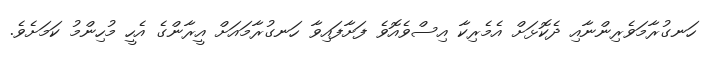
ހަނގުރާމަވެރިންނާއި ދެކޮޅަށް އެމެރިކާ އިސްވެއޮވެ ފަށާފައިވާ ހަނގުރާމައަށް އީރާންގެ އެހީ މުހިންމު ކަމަށެވެ.